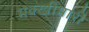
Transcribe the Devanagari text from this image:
मक्खीमारी